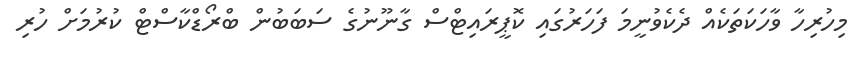
މިހުރިހާ ވާހަކަތަކެއް ދެކެވުނީމަ ފަހަރުގައި ކޮޕީރައިޓްސް ގާނޫނުގެ ސަބަބުން ބްރޯޑްކާސްޓް ކުރުމަށް ހުރި